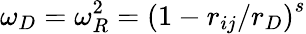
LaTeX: \omega_{D}=\omega_{R}^{2}=\left(1-r_{ij}/r_{D}\right)^{s}